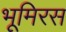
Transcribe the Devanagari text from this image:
भूमिरस